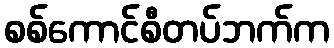
စစ်ကောင်စီတပ်ဘက်က